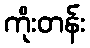
ကိုးတန်း